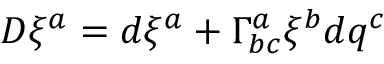
D \xi ^ { a } = d \xi ^ { a } + \Gamma _ { b c } ^ { a } \xi ^ { b } d q ^ { c }